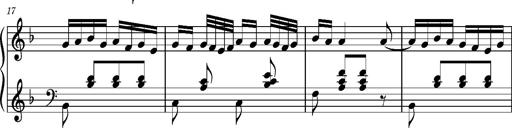
Title: Ungarischer Romanzero
Composer: Franz Liszt